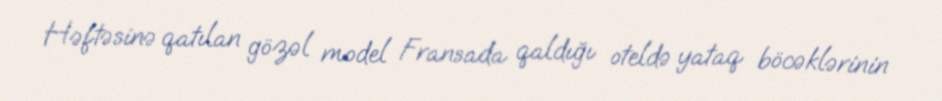
Həftəsinə qatılan gözəl model Fransada qaldığı oteldə yataq böcəklərinin